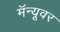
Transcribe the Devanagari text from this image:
मॅन्यूवर